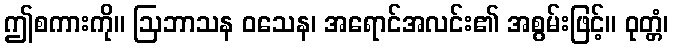
ဤစကားကို။ ဩဘာသန ဝသေန၊ အရောင်အလင်း၏ အစွမ်းဖြင့်။ ဝုတ္တံ၊